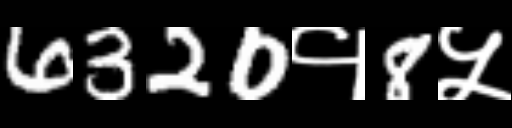
Text: 6320१8५